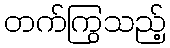
တက်ကြွသည့်